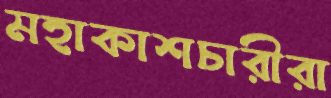
মহাকাশচারীরা